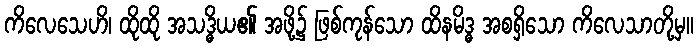
ကိလေသေဟိ၊ ထိုထို အသဒ္ဓိယ၏ အဖို့၌ ဖြစ်ကုန်သော ထိနမိဒ္ဓ အစရှိသော ကိလေသာတို့မှ။